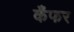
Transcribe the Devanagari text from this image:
कँफर